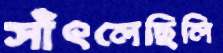
সাঁৎলেছিলি